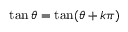
\tan \theta = \tan ( \theta + k \pi ) \quad